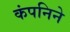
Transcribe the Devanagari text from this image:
कंपनिने